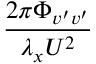
\frac { 2 \pi \Phi _ { v ^ { \prime } v ^ { \prime } } } { \lambda _ { x } U ^ { 2 } }